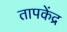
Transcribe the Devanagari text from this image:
तापकेंद्र